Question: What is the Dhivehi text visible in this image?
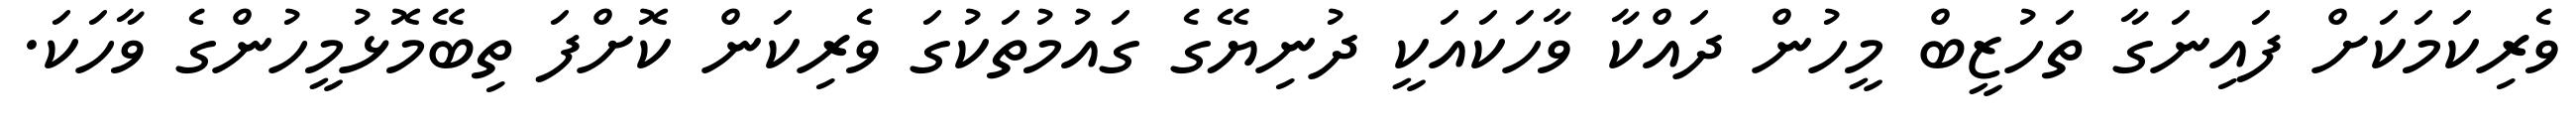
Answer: ވެރިކަމަކަށް ފައިނަގާ ތަހުޒީބް މީހުން ދައްކާ ވާހަކައަކީ ދުނިޔޭގެ ގައުމުތަކުގަ ވެރިކަން ކޮށްފަ ތިބޭމޮޅުމީހުންގެ ވާހަކަ.